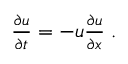
\begin{array} { r } { \frac { \partial u } { \partial t } = - u \frac { \partial u } { \partial x } \; . } \end{array}